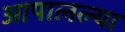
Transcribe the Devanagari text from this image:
आपालल्या